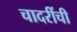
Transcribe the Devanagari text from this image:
चादरींची